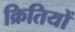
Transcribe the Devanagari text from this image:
क्रितियों